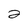
Character: 2